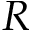
R